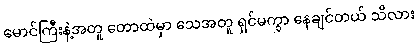
မောင်ကြီးနဲ့အတူ တောထဲမှာ သေအတူ ရှင်မကွာ နေချင်တယ် သိလား